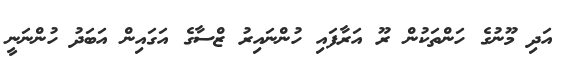
އަދި މޫނުގެ ހަންތަކުން ރޫ އަރާފައި ހުންނައިރު ޒްސާގެ އަގައިން އަބަދު ހުންނަނީ